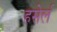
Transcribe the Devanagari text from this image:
हसेर्ल